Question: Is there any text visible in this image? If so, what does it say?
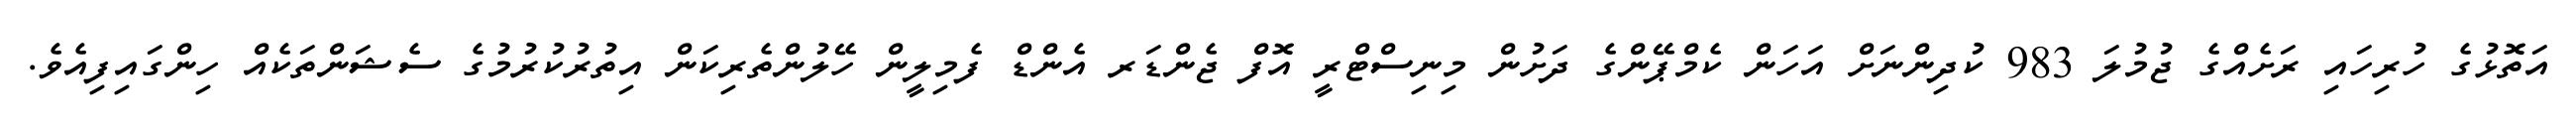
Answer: އަތޮޅުގެ ހުރިހައި ރަށެއްގެ ޖުމުލަ 983 ކުދިންނަށް އަހަން ކެމްޕޭންގެ ދަށުން މިނިސްޓްރީ އޮފް ޖެންޑަރ އެންޑް ފެމިލީން ހޭލުންތެރިކަން އިތުރުކުރުމުގެ ސެޝަންތަކެއް ހިންގައިފިއެވެ.